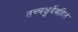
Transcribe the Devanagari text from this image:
तच्चक्षुर्देवहितं